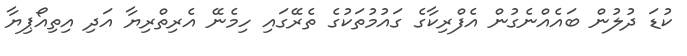
ކުޑަ ދުލުން ބައެއްނެގުން އެފްރިކާގެ ގައުމުތަކުގެ ތެރޭގައި ހިމެނޭ އެރިތްރިޔާ އަދި އިތިއޯޕިޔާ